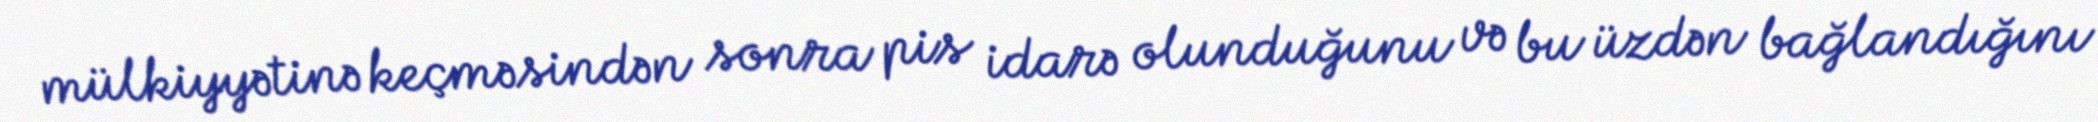
mülkiyyətinə keçməsindən sonra pis idarə olunduğunu və bu üzdən bağlandığını